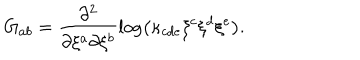
LaTeX: G _ { a b } = \frac { \partial ^ { 2 } } { \partial \xi ^ { a } \partial \xi ^ { b } } \log \left( \kappa _ { c d e } \xi ^ { c } \xi ^ { d } \xi ^ { e } \right) .